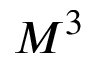
M ^ { 3 }